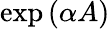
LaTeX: \exp\left(\alpha A\right)